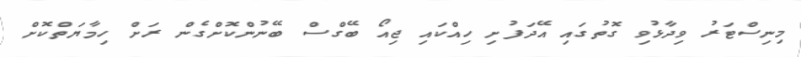
މިނިސްޓަރު ވިދާޅުވި ގޮތުގައި އޭދަފުށި ހިއްކައި ޖިއޯ ބޭގްސް ބޭނުންކޮށްގެން ރަށް ހިމާޔަތްކޮށް